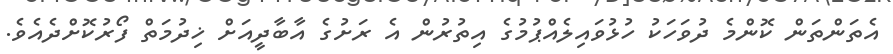
އެތަންތަން ކޮންމެ ދުވަހަކު ހުޅުވައިލެއްޕުމުގެ އިތުރުން އެ ރަށުގެ އާބާދީއަށް ޚިދުމަތް ފޯރުކޮށްދެއެވެ.